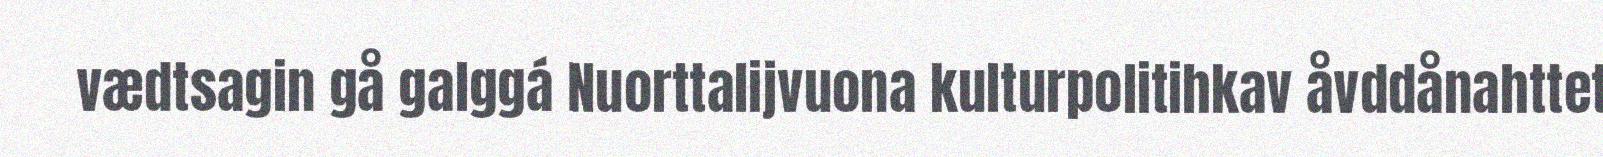
vædtsagin gå galggá Nuorttalijvuona kulturpolitihkav åvddånahttet